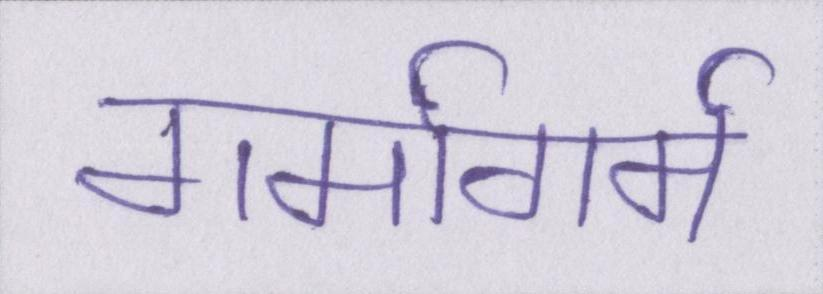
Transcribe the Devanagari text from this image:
गर्मागर्म